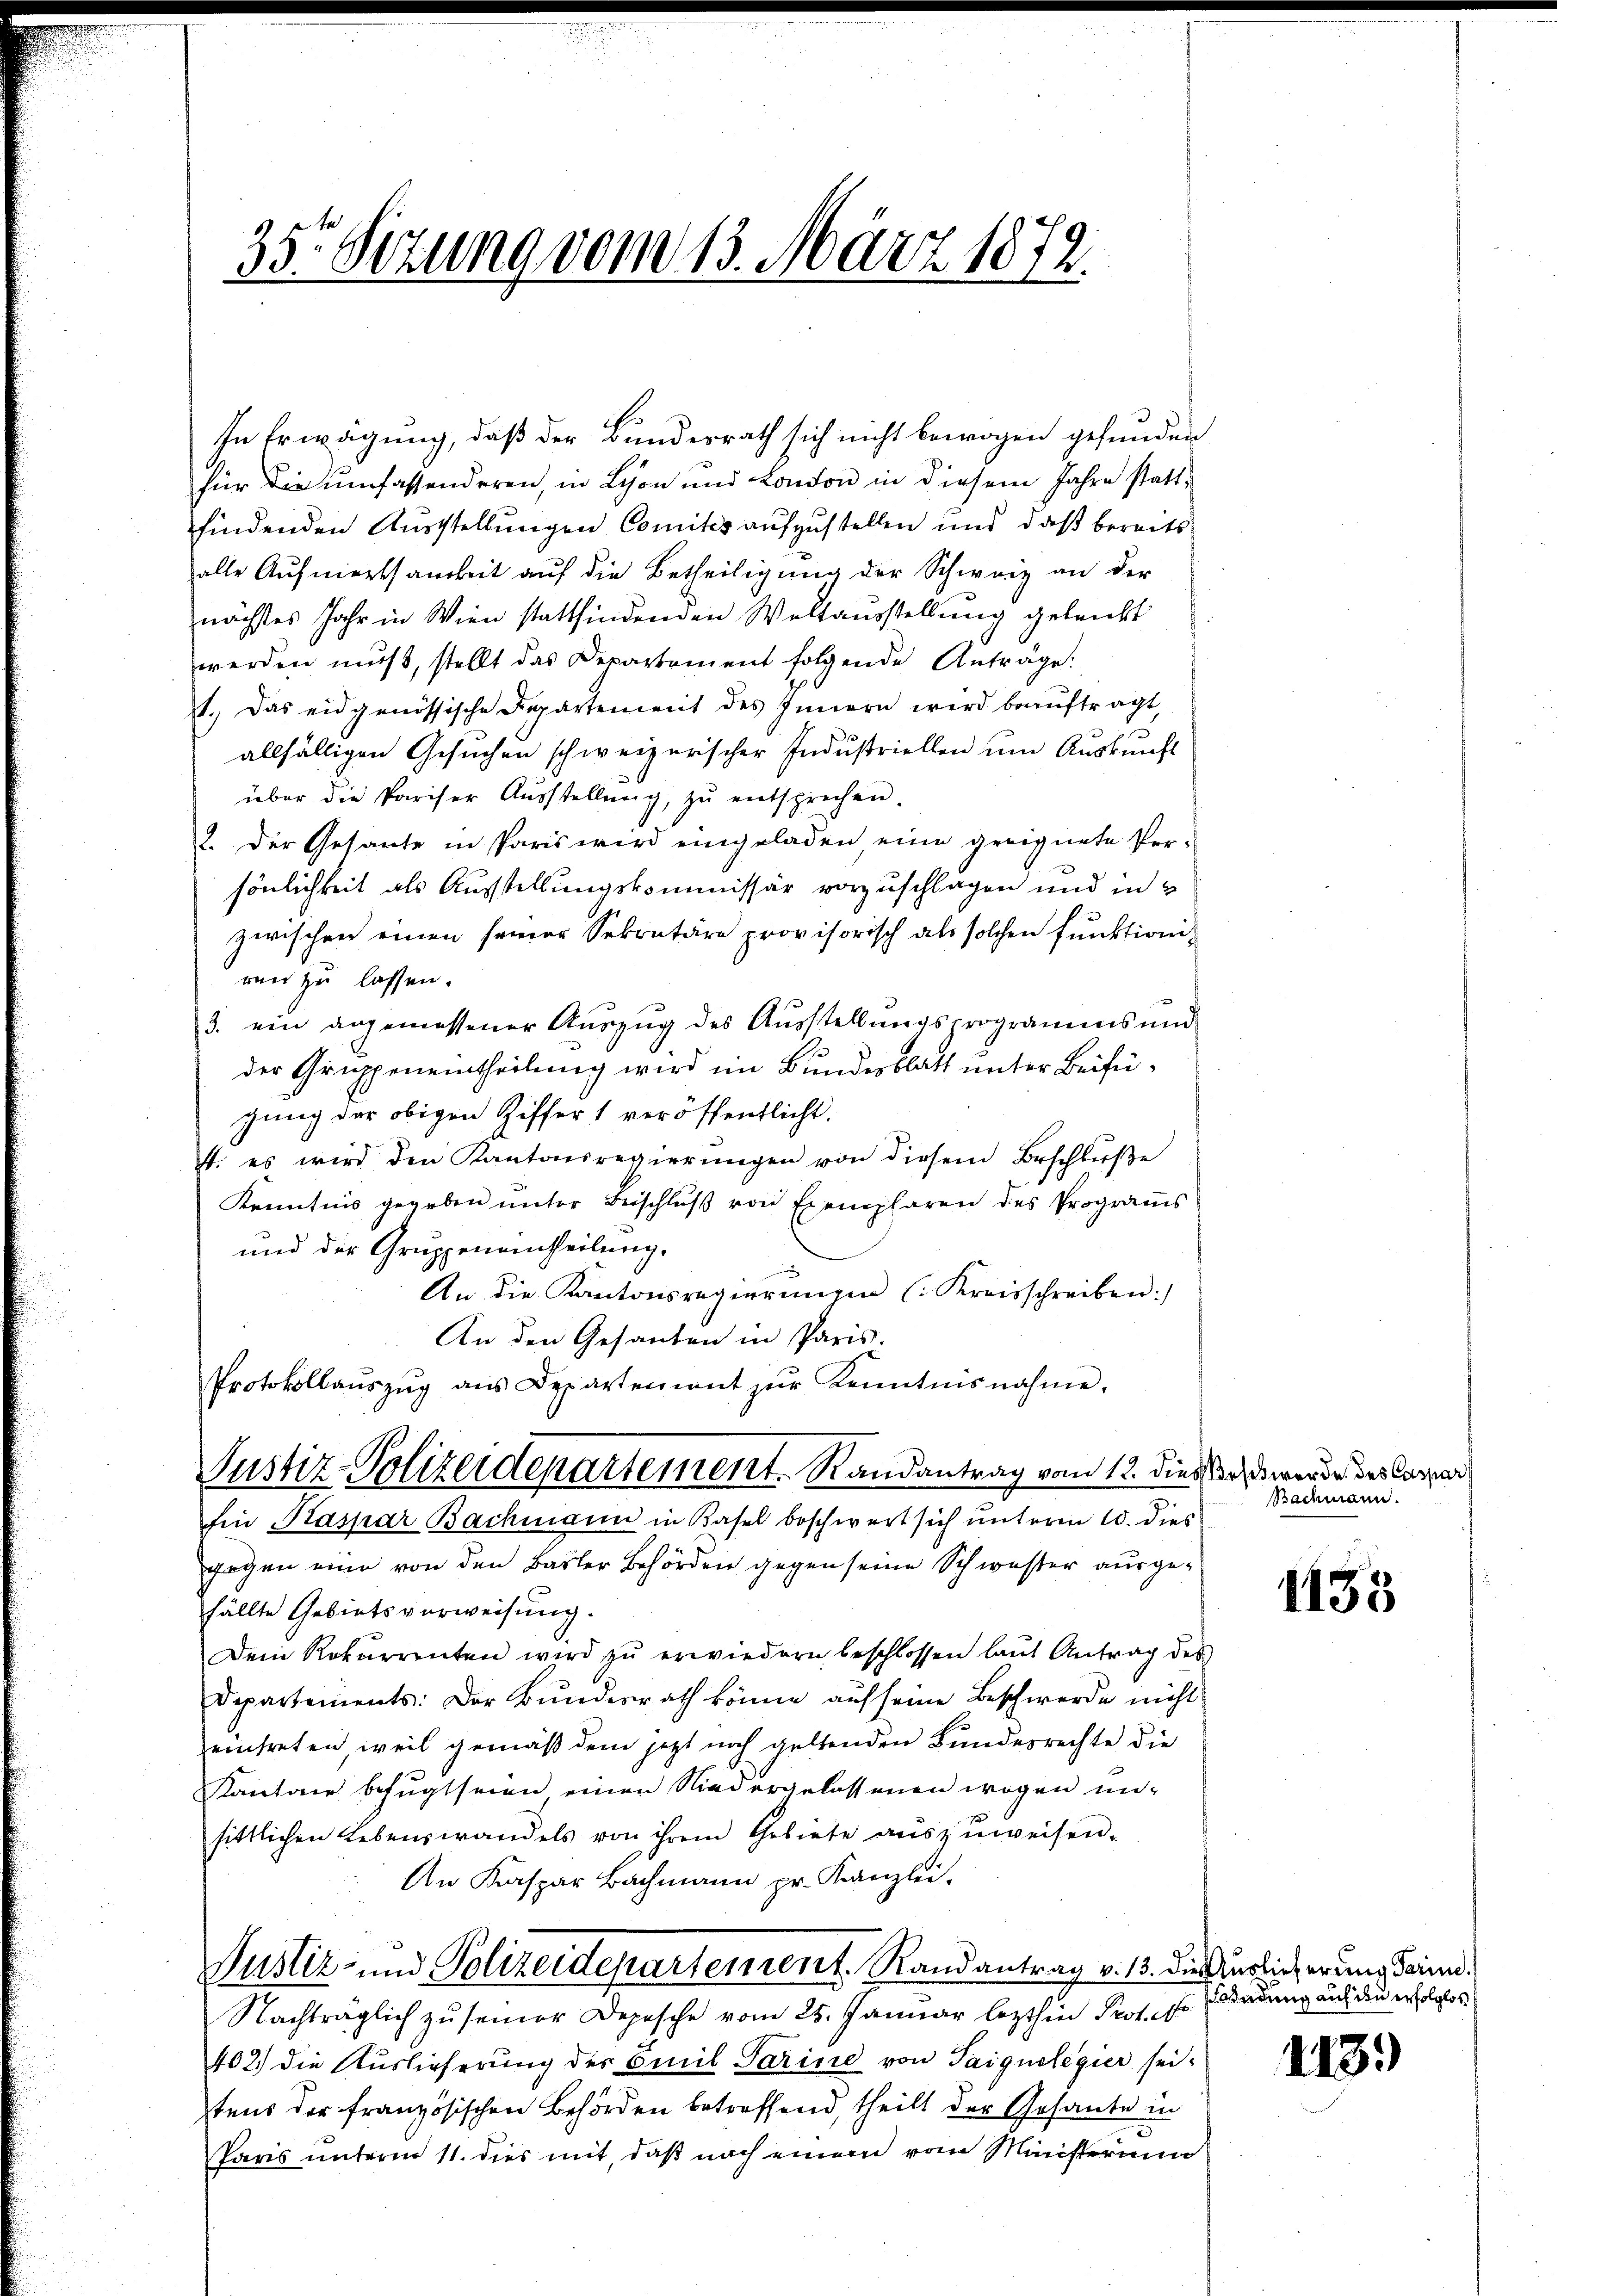
35t Setzung vom 13. März 1872.

In Erwägung, daß der Bundesrath sich nicht bewogen gefunden
für die umfassenderen, in Schon und London in diesem Jahre stattfindenden Ausstellungen Comités aufzustellen und daß bereits
alle Aufmerksamkeit auf die Betheiligung der Schweiz an der
nächstes Jahr in Wien stattfindenden Weltausstellung geleicht
werden muß, stellt das Departement folgende Anträge:
1.) Das eidgenössische Departenweit des Innern wird beauftragt
2
allfälligen Gesuchen schweizerischer Industriellen um Auskunft
über die Pariser Aŭsstellŭng, zŭ entsprechen.
2. Der Gesante in Paris wird eingeladen eine geeignete Per-
sönlichkeit als Ausstellungskommissär vorzuschlagen und in
zwischen einen seiner Sekretäre provisorisch als solchen Funktioni-
ren zu lassen.
3. ein angemessener Auszug des Ausstellungsprogramms und
der Gruppeneintheilung wird im Bundesblatt unter Beifügung der obigen Ziffert veröffentlicht.
4. es wird den Kantonsregierŭngen von diesem Beschlŭβe
Kenntnis gegeben unter Beschluß von Exemplaren des Programms
und der Gruppeneintheilung.
An die Kantonsregierungen (Kreisschreiben:
An den Gesanten in Paris.
Protokollaŭszŭg aŭs Departement zŭr Kenntnisnahme,
Justiz-Polizeidepartement. Randantrag vom 12. dieser werde des Caspar
fin Kaspar Bachmann in Basel beschwert sich unterm 10. dies
gegen eine von den Basler Behörden gegen seine Schwester ausgefällte Gebietsverweisung.
Dein Rekurrenten wird zŭ erwiedern beschlossen laŭt Antrag des
Departements: Der Bundesrath könne auf seine Beschwerde nicht
zeintreten, weil gemäß dem jetzt noch geltenden Bundesrechte die
Kantone befugt seien einen Niedergelassenen wegen un-
sittlichen Lebenswandels von ihrem Gebiete aŭszŭweisen.
An Kaspar Bachmann pr. Kanzlei-
Justiz- und Polizeidepartenrent. Randantrag v. 13. die Auslieferung darin,
Nachträglich zu seiner Depesche vom 25. Januar lezthin Prot.
402. die Auslieferung des Emil Tarine von Taignolegier seitens der französischen Behörden betreffend, theilt der Gesante in
Paris unterm 11. dies mit, daß nach einem vom Ministerium

Bachmann.

1133

endung auf den erfolglos

143.)